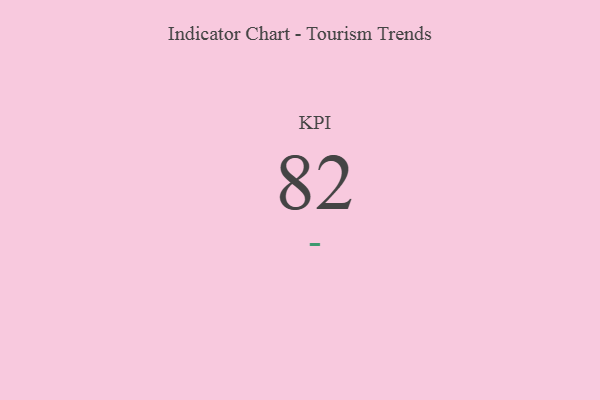
{"axis": {"x": "KPI", "y": "Value"}, "legend": [""], "data": [{"x": "KPI", "y": 82, "type": ""}]}